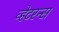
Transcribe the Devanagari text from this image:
व्हेटरन्स